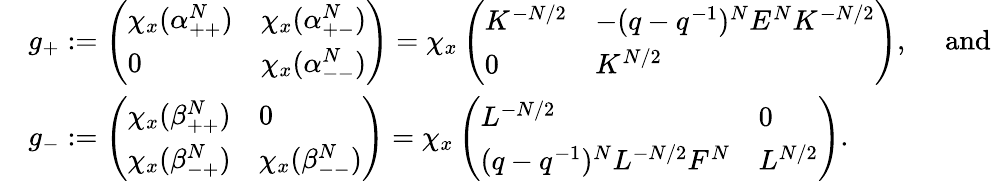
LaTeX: \begin{array}{rl}{}&{g_{+}:=\left(\begin{array}{ll}{\chi_{x}(\alpha_{++}^{N})}&{\chi_{x}(\alpha_{+-}^{N})}\\ {0}&{\chi_{x}(\alpha_{--}^{N})}\end{array}\right)=\chi_{x}\left(\begin{array}{ll}{K^{-N/2}}&{-(q-q^{-1})^{N}E^{N}K^{-N/2}}\\ {0}&{K^{N/2}}\end{array}\right),\quad\mathrm{~and~}}\\ {}&{g_{-}:=\left(\begin{array}{ll}{\chi_{x}(\beta_{++}^{N})}&{0}\\ {\chi_{x}(\beta_{-+}^{N})}&{\chi_{x}(\beta_{--}^{N})}\end{array}\right)=\chi_{x}\left(\begin{array}{ll}{L^{-N/2}}&{0}\\ {(q-q^{-1})^{N}L^{-N/2}F^{N}}&{L^{N/2}}\end{array}\right).}\end{array}